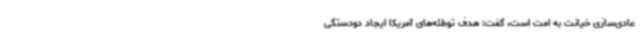
عادی‌سازی خیانت به امت است، گفت: هدف توطئه‌های آمریکا ایجاد دودستگی